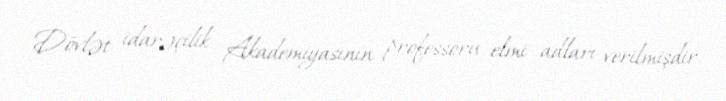
Dövlət idarəçilik Akademiyasının professoru elmi adları verilmişdir.